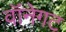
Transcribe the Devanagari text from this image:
वॉनेगट